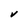
Character: V